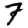
Digit: 7